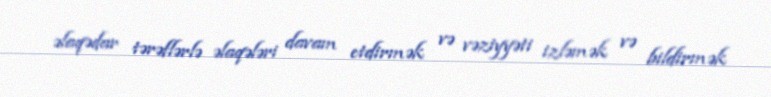
əlaqədar tərəflərlə əlaqələri davam etdirmək və vəziyyəti izləmək və bildirmək